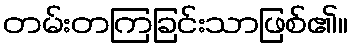
တမ်းတကြခြင်းသာဖြစ်၏။